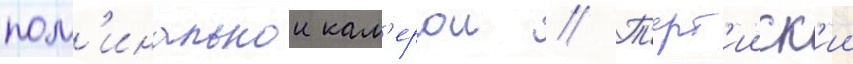
пом'инальнои кам'ерои // Т'ерт'ииск'ии